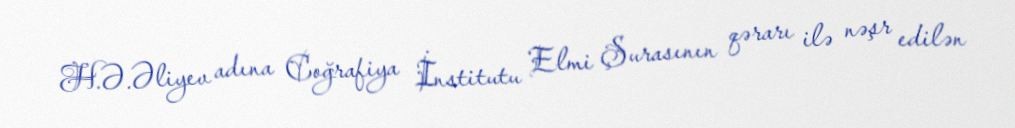
H.Ə.Əliyev adına Coğrafiya İnstitutu Elmi Şurasının qərarı ilə nəşr edilən